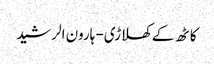
کاٹھ کے کھلاڑی- ہارون الرشید